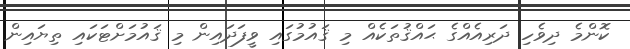
ކޮންމެ ދިވެހި ދަރިއެއްގެ ޙައްޤުތަކެއް މި ޤައުމުގައި ވީފަދައިން މި ޤައުމަށްޓަކައި ތިޔައިން